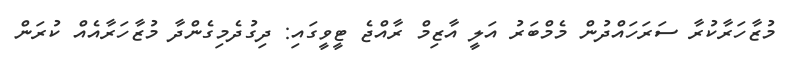
މުޒާހަރާކުރާ ސަރަހައްދުން މެމްބަރު އަލީ އާޒިމް ރާއްޖެ ޓީވީގައި: ދިގުދެމިގެންދާ މުޒާހަރާއެއް ކުރަން